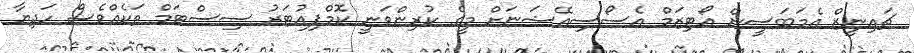
ޗައިނީޒް އެމަބަސީން އޯޓިޒަމް އެސޯސިއޭޝަނަށް މީގެ ކުރިންވަނީ ކޮމްޕިއުޓަރު ސިސްޓަމް ތަކެއްވެސް ހަދިޔާ